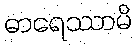
ဓာရေဿာမိ